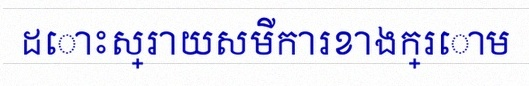
ដោះស្រាយសមីការខាងក្រោម